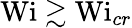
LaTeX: \textrm{Wi}\gtrsim\textrm{Wi}_{cr}